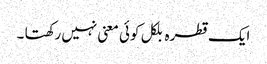
ایک قطرہ بلکل کوئی معنی نہیں رکھتا ۔